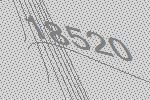
18520